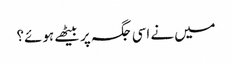
میں نے اسی جگہ پر بیٹھے ہوئے؟